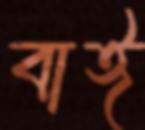
বাঈ